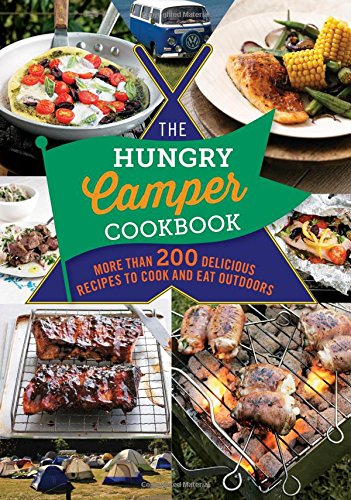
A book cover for The Hungry Camper: More than 200 delicious recipes to cook and eat outdoors; Spruce; Cookbooks, Food & Wine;